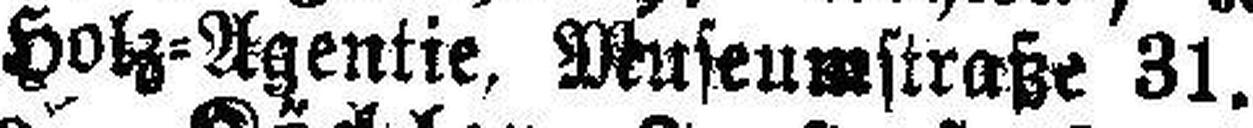
Holz=Agentie, Museumstraße 31.